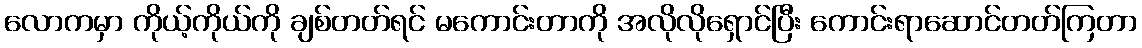
လောကမှာ ကိုယ့်ကိုယ်ကို ချစ်တတ်ရင် မကောင်းတာကို အလိုလိုရှောင်ပြီး ကောင်းရာဆောင်တတ်ကြတာ